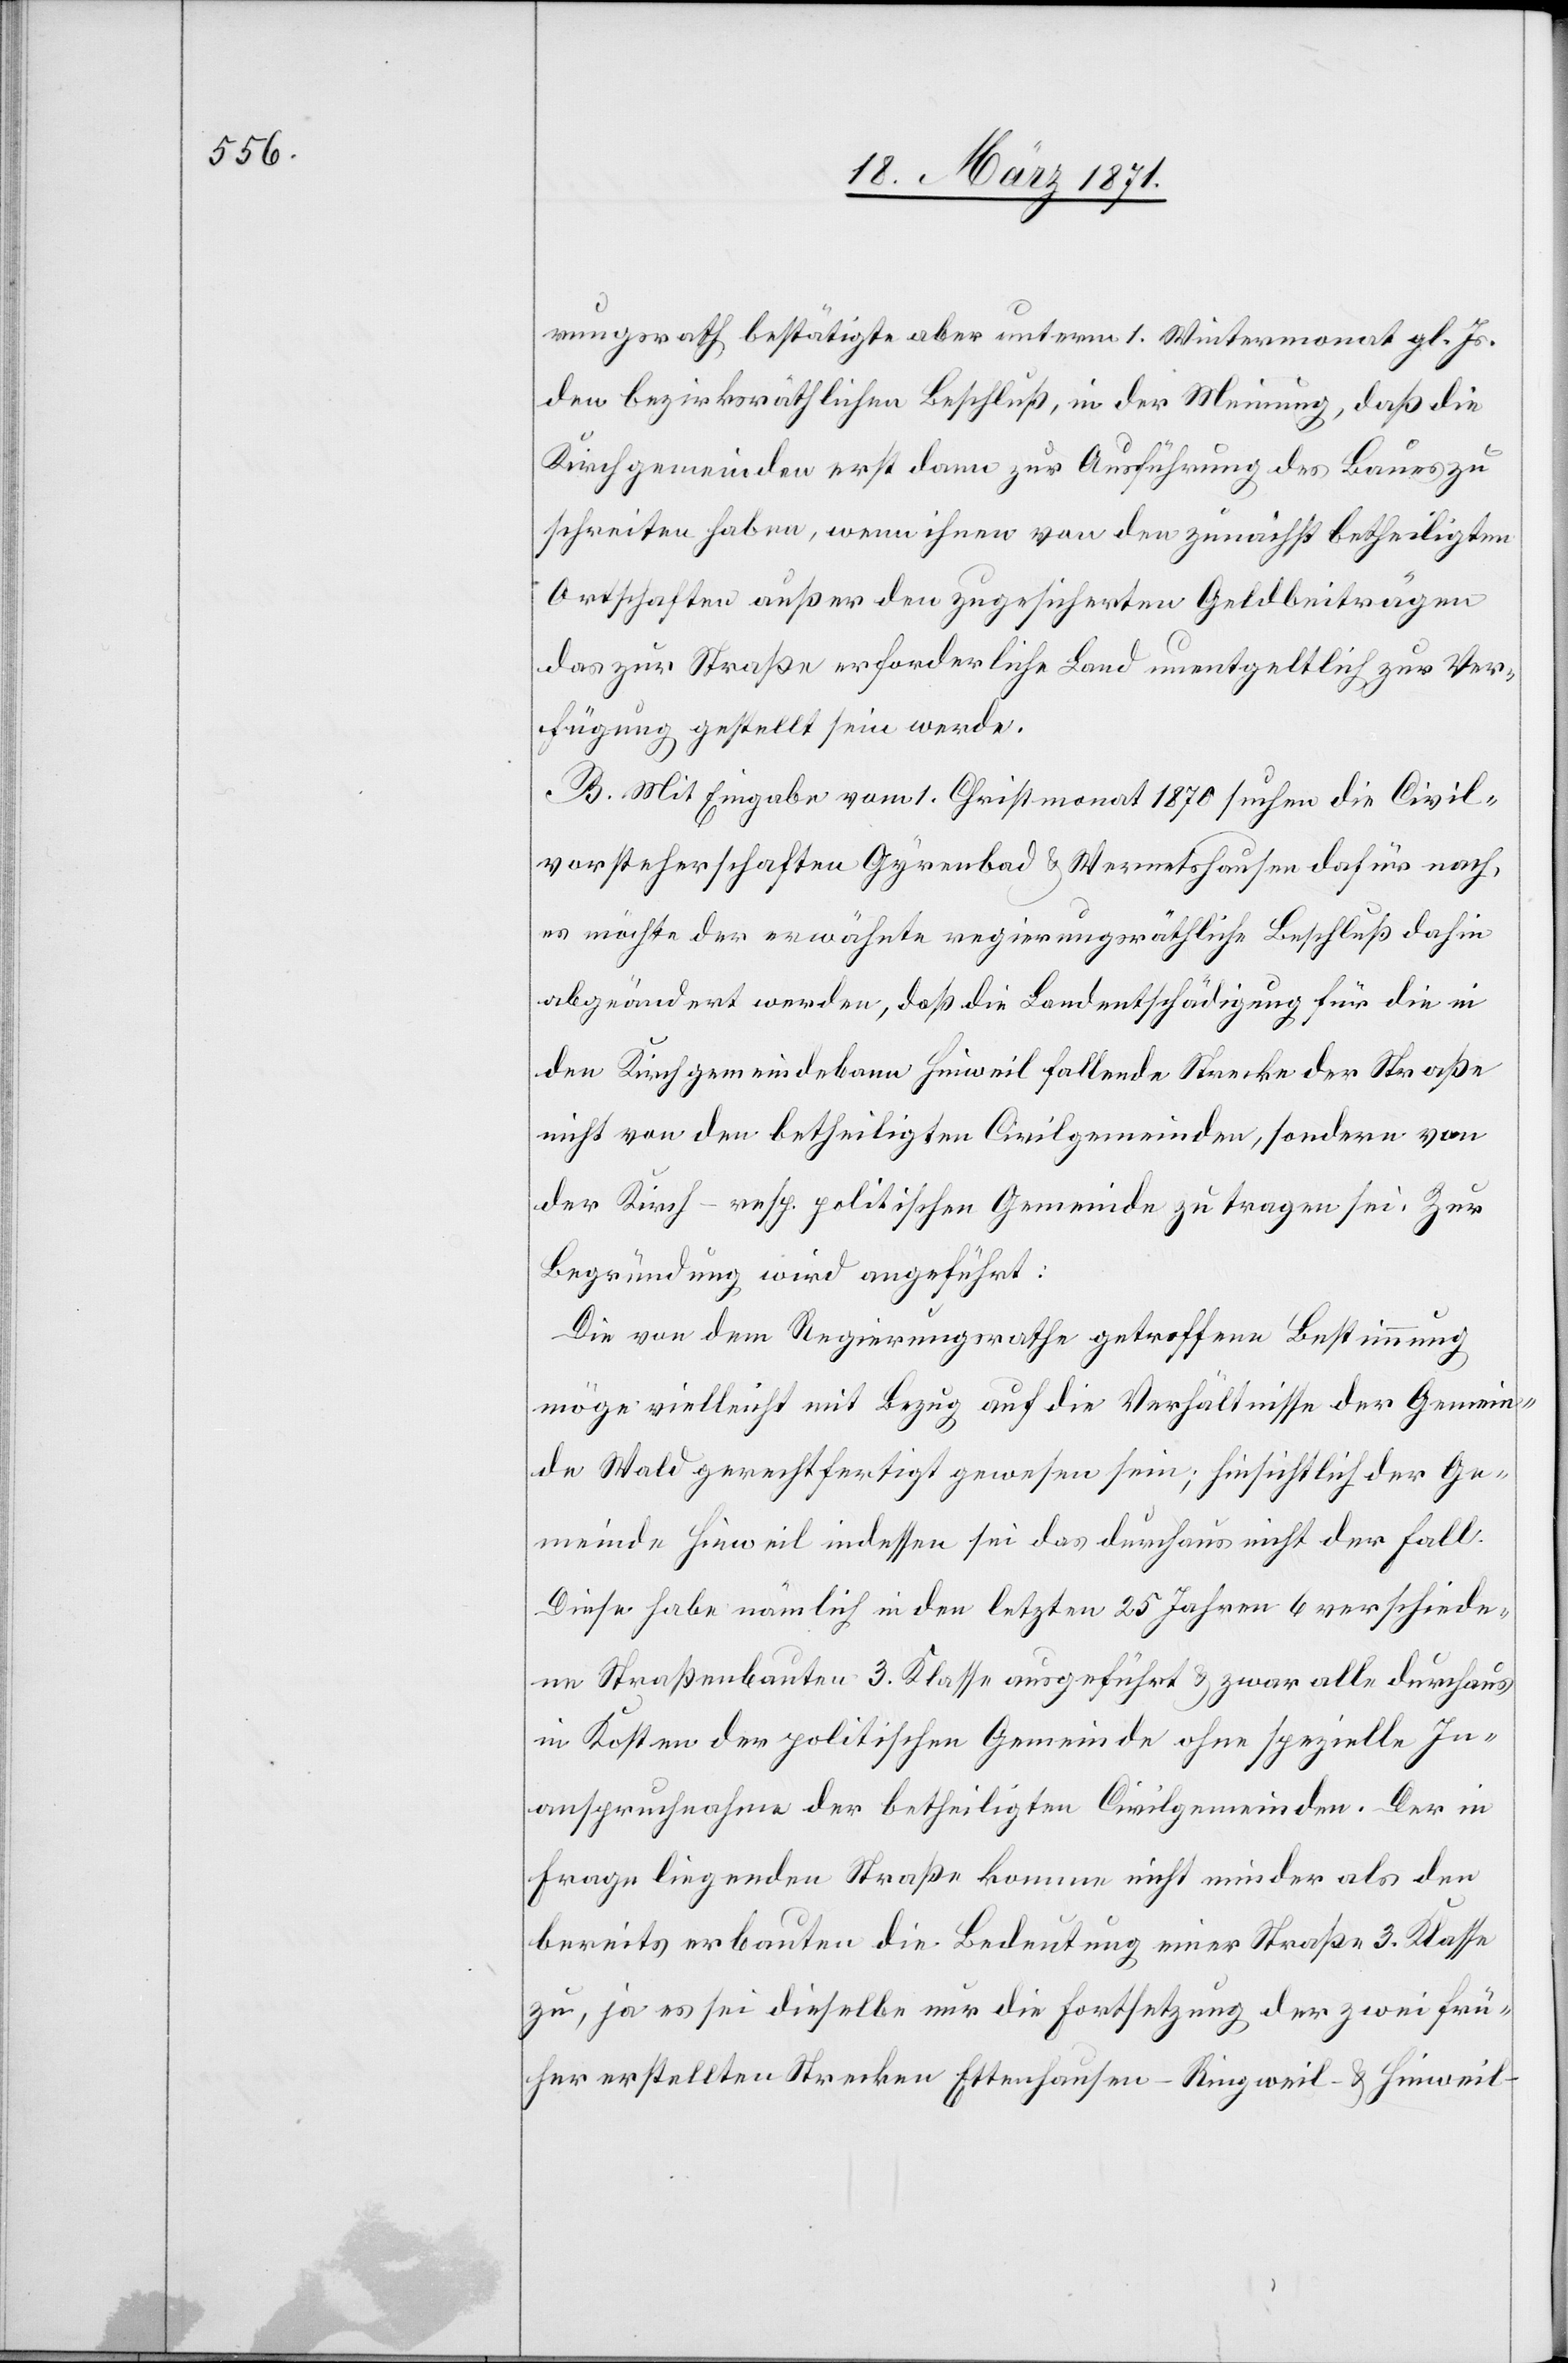
rungsrath bestätigt aber unterm 1. Wintermonat gl. Js.
den bezirksräthlichen Beschluß, in der Meinung, daß die
Kirchgemeinden erst dann zur Ausführung des Baues zu
schreiten haben, wenn ihnen von den zunächst betheiligten
Ortschaften außer den zugesicherten Geldbeiträgen
das zur Straße erforderliche Land unentgeltlich zur Ver¬
fügung gestellt sein werde.
B. Mit Eingabe vom 1. Christmonat 1870 suchen die Civil¬
vorsteherschaften Gyrenbad u. Wernetshausen dafür nach,
es möchte der erwähnte regierungsräthliche Beschluß dahin
abgeändert werden, daß die Landentschädigung für die in
den Kirchgemeindebann Hinweil fallende Strecke der Straße
nicht von den betheiligten Civilgemeinden, sondern von
der Kirche – resp. politischen Gemeinde zu tragen sei. Zur
Begründung wird angeführt:
Die von dem Regierungsrathe getroffene Bestimmung
möge vielleicht mit Bezug auf die Verhältnisse der Gemein¬
de Wald gerechtfertigt gewesen sein; hinsichtlich der Ge¬
meinde Hinweil indessen sei das durchaus nicht der Fall.
Diese habe nämlich in den letzten 25 Jahren 6 verschiede¬
ne Straßenbauten 3. Klasse ausgeführt u. zwar alle durchaus
in Kosten der politischen Gemeinde ohne spezielle In¬
anspruchnahme der betheiligten Civilgemeinden. Der in
Frage liegenden Straße komme nicht minder als den
bereits erbauten die Bedeutung einer Straße 3. Klasse
zu, ja es sei dieselbe nur die Fortsetzung der zwei frü¬
her erstellten Strecken Ettenhausen-Ringweil- u. Hinweil-